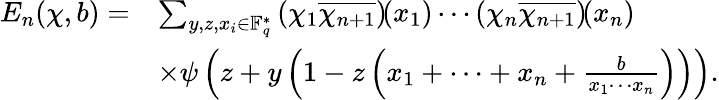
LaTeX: \begin{array}{rl}{E_{n}(\chi,b)=}&{\sum_{y,z,x_{i}\in\mathbb{F}_{q}^{*}}\left(\chi_{1}\overline{{\chi_{n+1}}}\right)\! (x_{1})\cdots\left(\chi_{n}\overline{{\chi_{n+1}}}\right)\! (x_{n})}\\ &{\times\psi\left(z+y\left(1-z\left(x_{1}+\cdots+x_{n}+\frac{b}{x_{1}\cdots x_{n}}\right)\right)\right).}\end{array}